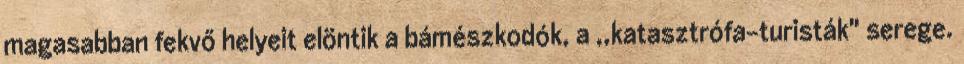
magasabban fekvő helyeit elöntik a bámészkodók, a ,,katasztrófa-turisták" serege.